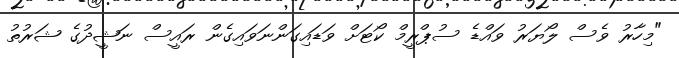
"މިހާރު ވެސް ލޯޔަރު ވައްޑެ ސުޕްރީމް ކޯޓަށް ވަޑައިގަންނަވައިގެން ރައީސް ނަޝީދުގެ ޝަރުތު